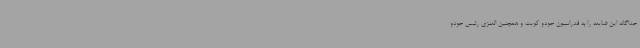
جداگانه این ضایعه را به فدراسیون جودو کویت و همچنین العنزی رئیس جودو